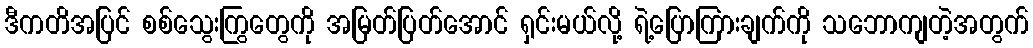
ဒီကတိအပြင် စစ်သွေးကြွတွေကို အမြတ်ပြတ်အောင် ရှင်းမယ်လို့ ရဲ့ပြောကြားချက်ကို သဘောကျတဲ့အတွက်